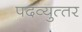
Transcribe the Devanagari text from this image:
पदव्‍युत्‍तर